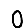
Digit: 0